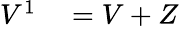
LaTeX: \begin{array}{rl}{V^{1}}&{{}=V+Z}\end{array}